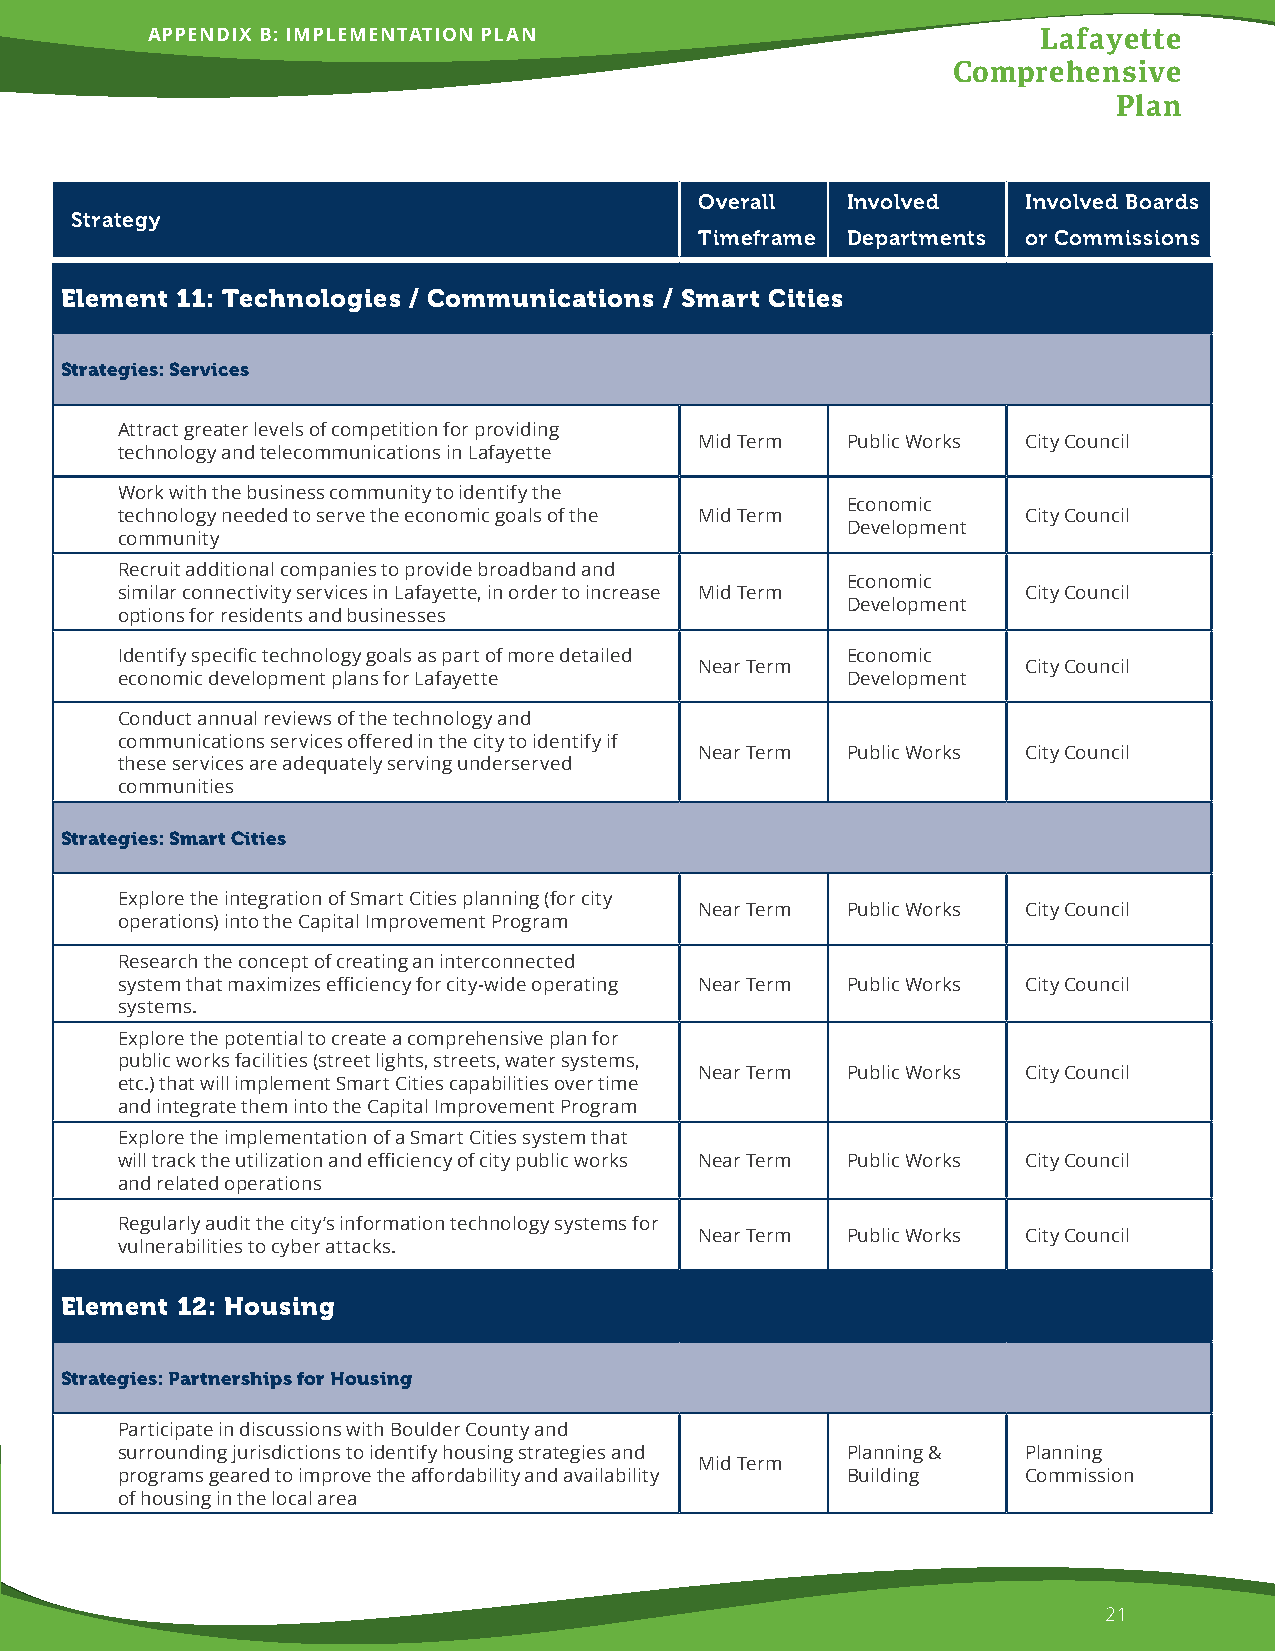
APPENDIX B: IMPLEMENTATION PLAN                            Lafayette
 Comprehensive
 Plan
 Overall   Involved    Involved Boards
 Strategy
 Timeframe Departments or Commissions
 Element 11: Technologies / Communications / Smart Cities
 Strategies: Services
 Attract greater levels of competition for providing
 Mid Term  Public Works City Council
 technology and telecommunications in Lafayette
 Work with the business community to identify the
 Economic
 technology needed to serve the economic goals of the Mid Term City Council
 Development
 community
 Recruit additional companies to provide broadband and
 Economic
 similar connectivity services in Lafayette, in order to increase Mid Term City Council
 Development
 options for residents and businesses
 Identify specific technology goals as part of more detailed Economic
 Near Term             City Council
 economic development plans for Lafayette        Development
 Conduct annual reviews of the technology and
 communications services offered in the city to identify if
 Near Term Public Works City Council
 these services are adequately serving underserved
 communities
 Strategies: Smart Cities
 Explore the integration of Smart Cities planning (for city
 Near Term Public Works City Council
 operations) into the Capital Improvement Program
 Research the concept of creating an interconnected
 system that maximizes efficiency for city-wide operating Near Term Public Works City Council
 systems.
 Explore the potential to create a comprehensive plan for
 public works facilities (street lights, streets, water systems,
 Near Term Public Works City Council
 etc.) that will implement Smart Cities capabilities over time
 and integrate them into the Capital Improvement Program
 Explore the implementation of a Smart Cities system that
 will track the utilization and efficiency of city public works Near Term Public Works City Council
 and related operations
 Regularly audit the city’s information technology systems for
 Near Term Public Works City Council
 vulnerabilities to cyber attacks.
 Element 12: Housing
 Strategies: Partnerships for Housing
 Participate in discussions with Boulder County and
 surrounding jurisdictions to identify housing strategies and Planning & Planning
 Mid Term
 programs geared to improve the affordability and availability Building Commission
 of housing in the local area
 21